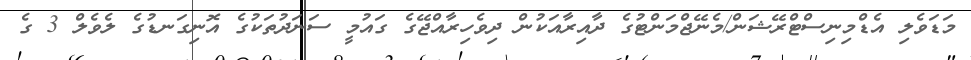
މަޑަވެލި އެޑްމިނިސްޓްރޭޝަން/މެނޭޖްމަންޓުގެ ދާއިރާއަކުން ދިވެހިރާއްޖޭގެ ގައުމީ ސަނަދުތަކުގެ އޮނިގަނޑުގެ ލެވެލް 3 ގެ